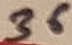
Text: 36